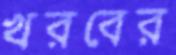
খরবের